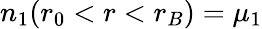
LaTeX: n_{1}(r_{0}<r<r_{B})=\mu_{1}